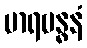
မာရဗန္ဓနံ